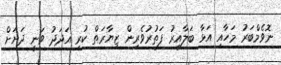
ނޮވެމްބަރު މަހާއި އަޅާ ބަލާއިރު ފަތުރުވެރިން ޒިޔާރަތް ކުރި އަދަދު ވަނީ ދަށަށް